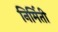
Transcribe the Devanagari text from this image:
निर्मिती